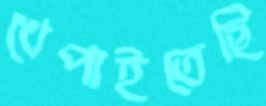
খেপাইতেছি